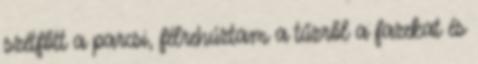
szétfőtt a parcsi, félrehúztam a tűzről a fazekat és